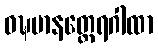
ဝဍ္ဎမာနတ္ထေရဂါထာ